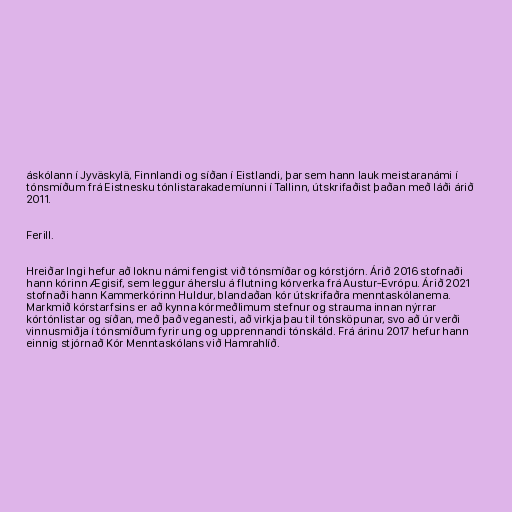
áskólann í Jyväskylä, Finnlandi og síðan í Eistlandi, þar sem hann lauk meistaranámi í
tónsmíðum frá Eistnesku tónlistarakademíunni í Tallinn, útskrifaðist þaðan með láði árið
2011.

Ferill.

Hreiðar Ingi hefur að loknu námi fengist við tónsmíðar og kórstjórn. Árið 2016 stofnaði
hann kórinn Ægisif, sem leggur áherslu á flutning kórverka frá Austur-Evrópu. Árið 2021
stofnaði hann Kammerkórinn Huldur, blandaðan kór útskrifaðra menntaskólanema.
Markmið kórstarfsins er að kynna kórmeðlimum stefnur og strauma innan nýrrar
kórtónlistar og síðan, með það veganesti, að virkja þau til tónsköpunar, svo að úr verði
vinnusmiðja í tónsmíðum fyrir ung og upprennandi tónskáld. Frá árinu 2017 hefur hann
einnig stjórnað Kór Menntaskólans við Hamrahlíð.